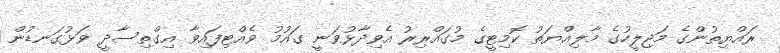
ރައްޔިތުންގެ މަޖިލީހުގެ މާލިއްޔަތު ކޮމިޓީގެ މުގައްރިރު އެވިދާޅުވަނީ ގައުމު ވެއްޓިފައިވާ އިގްތިސާދީ ވަޅުގަނޑުން